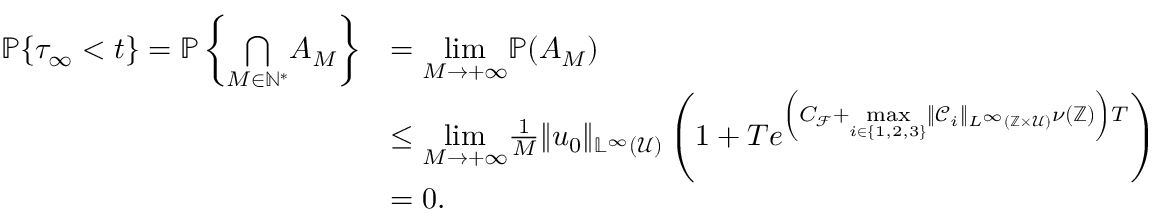
\begin{array} { r l } { \mathbb { P } \{ \tau _ { \infty } < t \} = \mathbb { P } \left\{ \underset { M \in \mathbb { N } ^ { * } } { \bigcap } A _ { M } \right\} } & { = \underset { M \rightarrow + \infty } { \operatorname* { l i m } } \mathbb { P } ( A _ { M } ) } \\ & { \leq \underset { M \rightarrow + \infty } { \operatorname* { l i m } } \frac { 1 } { M } \Vert u _ { 0 } \Vert _ { \mathbb { L ^ { \infty } } ( \mathcal { U } ) } \left( 1 + T e ^ { \left( C _ { \mathcal { F } } + \underset { i \in \{ 1 , 2 , 3 \} } { \operatorname* { m a x } } \Vert \mathcal { C } _ { i } \Vert _ { L ^ { \infty } ( \mathbb { Z } \times \mathcal { U } ) } \nu ( \mathbb { Z } ) \right) T } \right) } \\ & { = 0 . } \end{array}